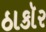
ઠાકૉર